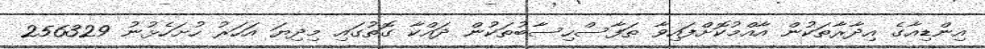
އިންޑިއާގެ އިދާރާތަކުން އާއްމުކޮށްފައިވާ ތަފާސްހިސާބުތަކުން ދައްކާ ގޮތުގައި މިދިޔަ އަހަރު ހުށަހެޅުނު 256329